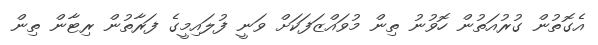
އެގޮތުން ގުރުއަތުން ހޮވުނު ތިން މުވައްޒަފަކަށް ވަނީ ފުލައިމީގެ ފަރާތުން ރިޓާން ތިން